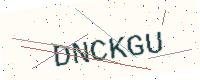
Text: DNCKGU